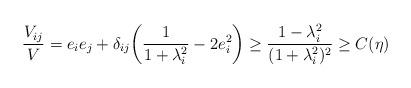
LaTeX: \begin{align*} \frac{V_{ij}}{V}=e_ie_j+\delta_{ij}\bigg(\frac{1}{1+\lambda_i^2}-2e_i^2\bigg) \geq \frac{1-\lambda_i^2}{(1+\lambda_i^2)^2}\geq C(\eta)\end{align*}